Indian journal of veterinary science and animal husbandry - Volume 4,
Year: 1934
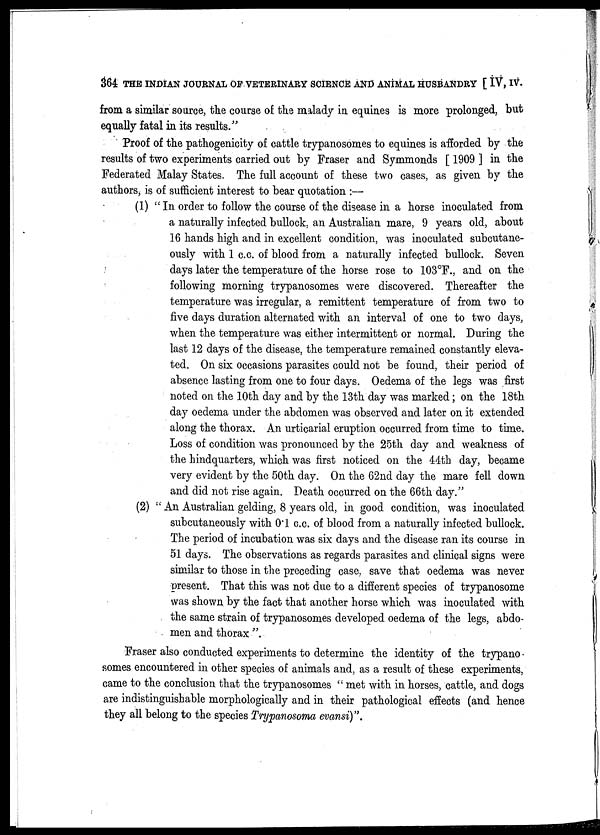
364 THE INDIAN JOURNAL OF VETERINARY SCIENCE AND ANIMAL HUSBANDRY [ IV, IV.
from a similar source, the course of the malady in equines is more prolonged, but
equally fatal in its results."
Proof of the pathogenicity of cattle trypanosomes to equines is afforded by the
results of two experiments carried out by Fraser and Symmonds [ 1909 ] in the
Federated Malay States. The full account of these two cases, as given by the
authors, is of sufficient interest to bear quotation :—
(1) "In order to follow the course of the disease in a horse inoculated from
a naturally infected bullock, an Australian mare, 9 years old, about
16 hands high and in excellent condition, was inoculated subcutane-
ously with 1 c.c. of blood from a naturally infected bullock. Seven
days later the temperature of the horse rose to 103°F., and on the
following morning trypanosomes were discovered. Thereafter the
temperature was irregular, a remittent temperature of from two to
five days duration alternated with an interval of one to two days,
when the temperature was either intermittent or normal. During the
last 12 days of the disease, the temperature remained constantly eleva-
ted. On six occasions parasites could not be found, their period of
absence lasting from one to four days. Oedema of the legs was first
noted on the 10th day and by the 13th day was marked; on the 18th
day oedema under the abdomen was observed and later on it extended
along the thorax. An urticarial eruption occurred from time to time.
Loss of condition was pronounced by the 25th day and weakness of
the hindquarters, which was first noticed on the 44th day, became
very evident by the 50th day. On the 62nd day the mare fell down
and did not rise again. Death occurred on the 66th day."
(2) " An Australian gelding, 8 years old, in good condition, was inoculated
subcutaneously with 0.1 c.c. of blood from a naturally infected bullock.
The period of incubation was six days and the disease ran its course in
51 days. The observations as regards parasites and clinical signs were
similar to those in the preceding case, save that oedema was never
present. That this was not due to a different species of trypanosome
was shown by the fact that another horse which was inoculated with
the same strain of trypanosomes developed oedema of the legs, abdo-
men and thorax ".
Fraser also conducted experiments to determine the identity of the trypano
somes encountered in other species of animals and, as a result of these experiments,
came to the conclusion that the trypanosomes " met with in horses, cattle, and dogs
are indistinguishable morphologically and in their pathological effects (and hence
they all belong to the species Trypanosoma evansi)".